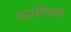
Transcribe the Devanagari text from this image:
नासविला